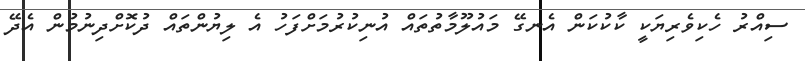
ސިއްރު ހެކިވެރިޔަކީ ކާކުކަން އެނގޭ މައުލޫމާތުތައް އުނިކުރުމަށްފަހު އެ ލިޔުންތައް ދުކޮށްދިނުމުން އެދޭ